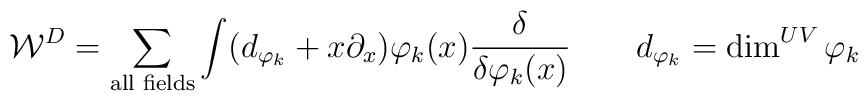
{\cal W}^D = \sum_{\hbox{\scriptsize all fields}}\int (d_{\varphi_k} + x \partial_x)\varphi_k(x) {\delta\over \delta \varphi _k(x)} \qquad d_{\varphi_k} = \dim ^{UV}{\varphi_k}